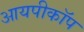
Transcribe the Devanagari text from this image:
आयपीकॉप